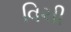
વિચી